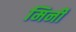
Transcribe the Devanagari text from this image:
मिर्नी